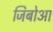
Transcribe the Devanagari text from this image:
जिबोआ